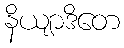
နိယျာဒိတေ